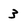
Character: 3